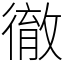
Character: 徹